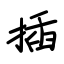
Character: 插